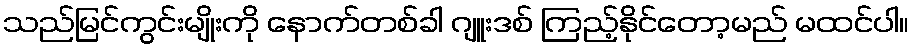
သည်မြင်ကွင်းမျိုးကို နောက်တစ်ခါ ဂျူးဒစ် ကြည့်နိုင်တော့မည် မထင်ပါ။